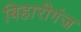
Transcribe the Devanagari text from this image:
बिहारीगंज